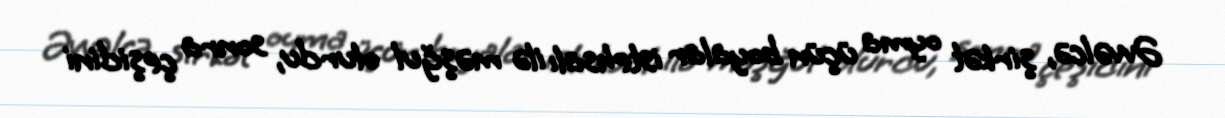
Əvvəlcə, şirkət oyma üçün boyalar istehsalı ilə məşğul olurdu, sonra çeşidini